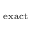
_ { \mathrm { e x a c t } }